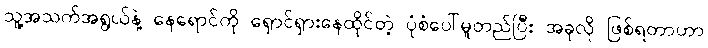
သူ့အသက်အရွယ်နဲ့ နေရောင်ကို ရှောင်ရှားနေထိုင်တဲ့ ပုံစံပေါ်မူတည်ပြီး အခုလို ဖြစ်ရတာဟာ